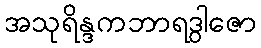
အသုရိန္ဒကဘာရဒွါဇော